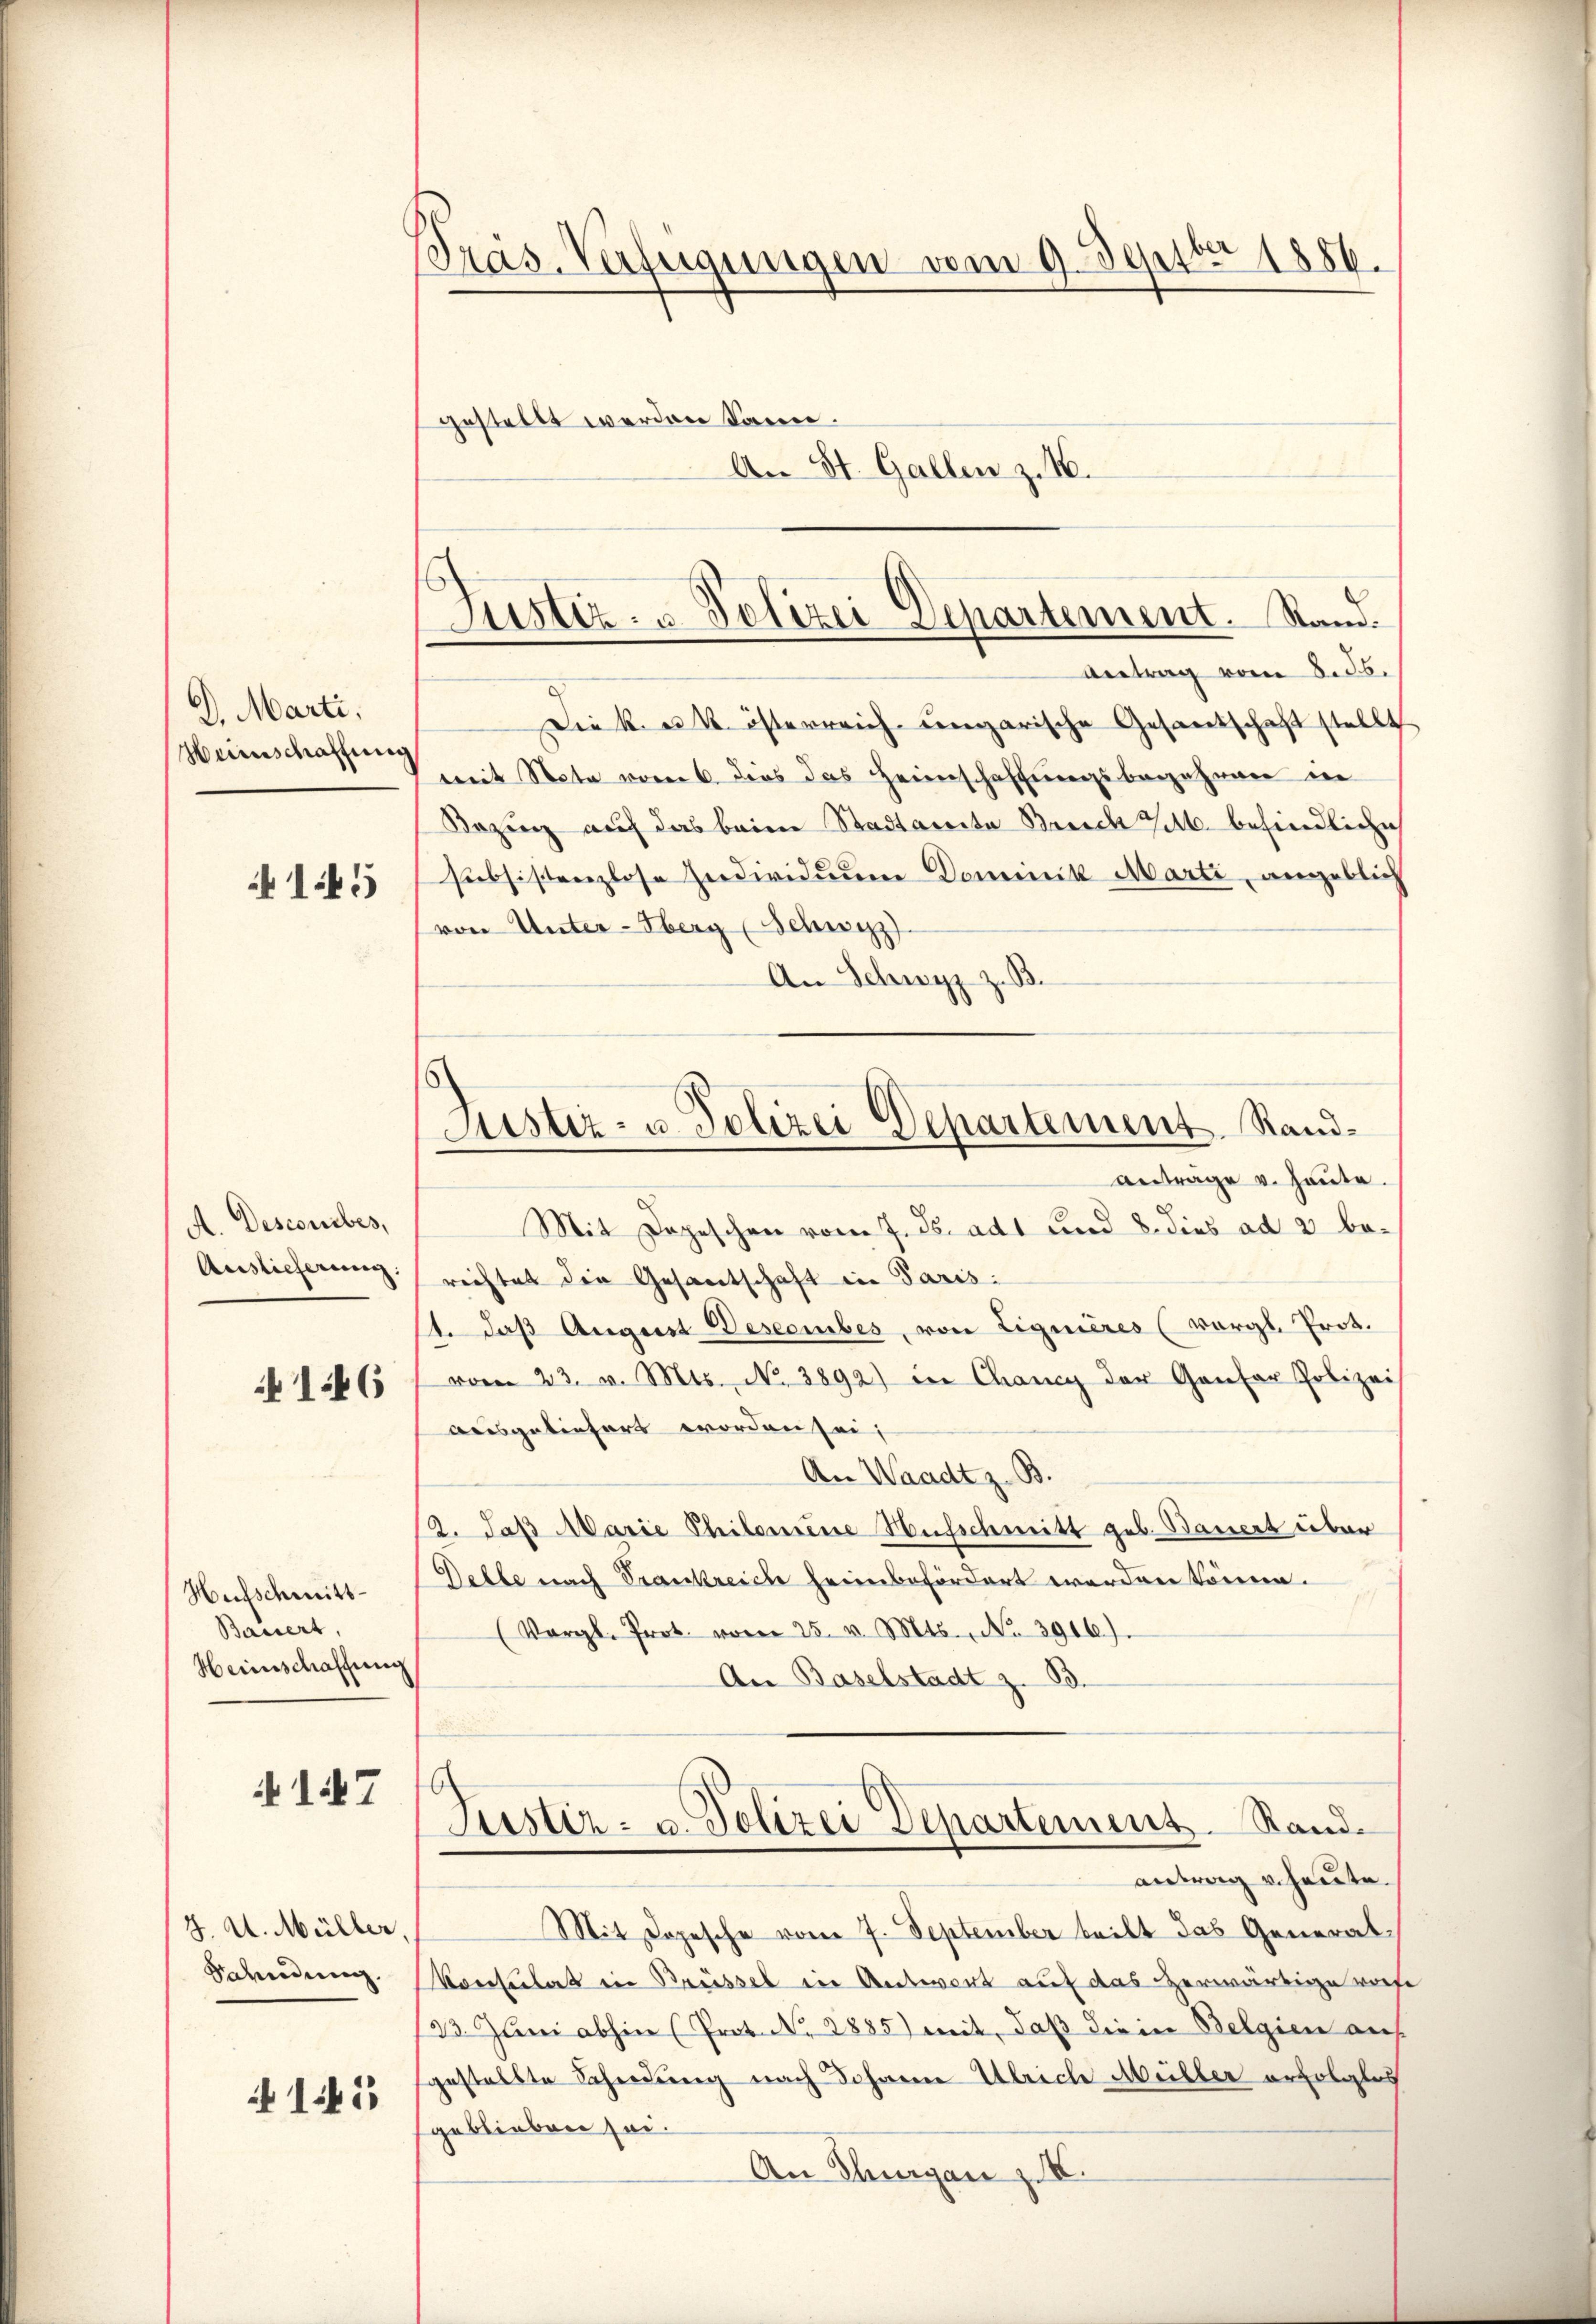
D. Marti,
Heimschaffung

145

A. Desconibes,
Auslieferung:

146

Hufschmitt
Bassert,
Heinschaffung

17

J. A. Müller,
Saendung.
 145

Pras-Verfügungen vom 9. Septbr 1886.

gestellt werden kann.
An St. Gallen z. B.

Justiz- u. Polizei Departement. Stand.
Antrag vom 8. ds.

Diek u. k. österreich ungarische Gesandschaft stellt
mit Note vom 6. dies das Heimschaffungsbegehren in
Bezug auf das beim Stadtamita Bruch zu befindliche
subsistenzlose Individuum Dominik Marti, angeblich
von Unter-Oberg (Schwyz)
An Schwyz z. B.
Mit Depeschen vom 7. ds. ad 1 und 8. dies ad 2 berechtet die Gesantschaft in Paris.
1. daß August Desecubes, von Liquieres (vergl. Prot.
vom 23. v. Mts. No. 3892) in Chancy der Genfer Polizei
ausgeliefert worden sei;
An Waadt z. B.
12. daß Marie Philomene Hufschmitt geb. Bauert über
Delle nach Trankreich heimbefördert worden können.
(Vergl. Prot. vom 25. v. Mts., No 3916).
An Baselstadt z. B.
Justiz- u. Polizei Departement. Randantrag v. heute.
Mit Dopesche vom 7. September teilt das General¬
Konsulat in Brüssel in Antwort auf das erwärtige vorf
23. Juni abhin (Prot. N. 2885) mit, daß die in Belgien auf
gestellte Scheidung nach Johannn Ulriche Müller erfolgtes
geblieben sei.
An Thurgan z. X.

Justiz- u. Polizei Departement. Randantrage v. Heute.